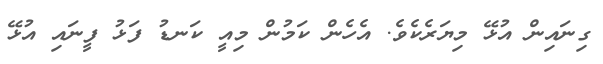
ގިނައިން އުޅޭ މިޔަރެކެވެ. އެހެން ކަމުން މިއީ ކަނޑު ފަޅު ފީނައި އުޅޭ